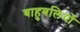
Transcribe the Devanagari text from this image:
बाहुबलियों